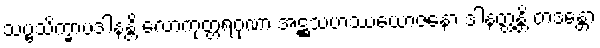
သဗ္ဗသိက္ခာပဒါနန္တိ လောကုတ္တရဂုဏာ အဋ္ဌသဟဿယောဇနော ဒါနတ္ထန္တိ တဒန္တော